Leaving Certificate Examination, 1918
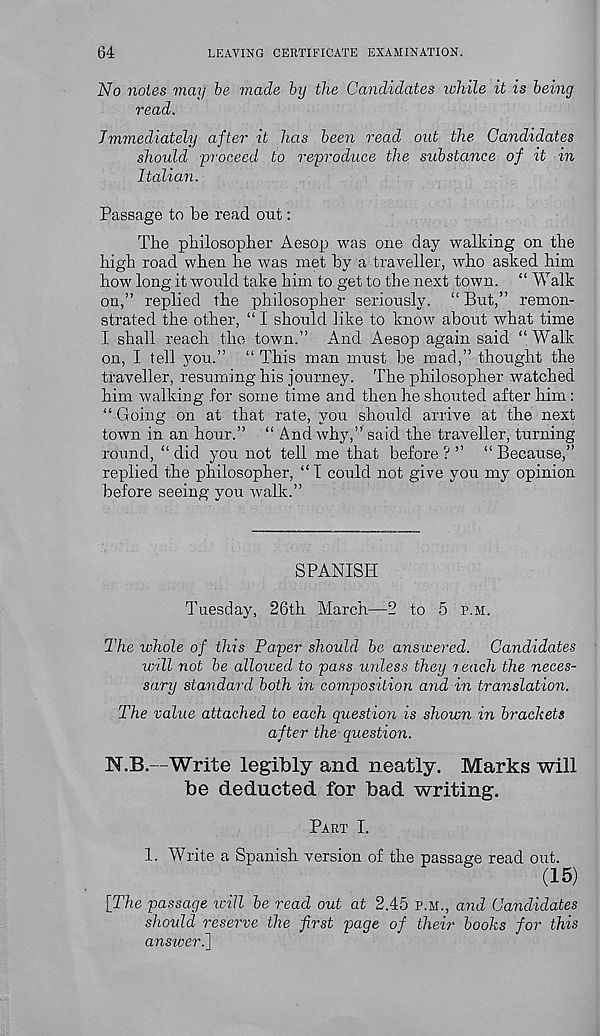
64
LEAVING CERTIFICATE EXAMINATION.
No notes may be made by the Candidates ivhile it is being
read.
Immediately after it has been read out the Candidates
should ■ proceed to reproduce the substance of it in
Italian.
Passage to be read out:
The philosopher Aesop was one day walking on the
high road when he was met by a traveller, who asked him
how long it would take him to get to the next town. “ Walk
on,” replied the philosopher seriously. “ But,” remon-
strated the other, “ I should like to know about what time
I shall reach the town.” And Aesop again said “Walk
on, I tell you.” “ This man must be mad,” thought the
traveller, resuming his journey. The philosopher watched
him walking for some time and then he shouted after him:
“ Going on at that rate, you should arrive at the next
town in an hour.” “ And why,” said the traveller, turning
round, “ did you not tell me that before ? ” “ Because,”
replied the philosopher, “ I could not give you my opinion
before seeing you walk.”
SPANISH
Tuesday, 26th March—2 to 5 p.m.
The whole of this Paper should be answered. Candidates
will not be alloived to pass unless they i each the neces-
sary standard both in composition and in translation.
The value attached to each question is shown in brackets
after the question.
N.B.—Write legibly and neatly. Marks will
be deducted for bad writing.
Part I.
1. Write a Spanish version of the passage read out.
(15)
[The passage toill be read out at 2.45 p.m., and Candidates
should reserve the first page of their books for this
answeri]